Report on the working of the Ranchi Indian Mental Hospital, Kanke, in Bihar and Orissa - 1930-1940
Year: 1930
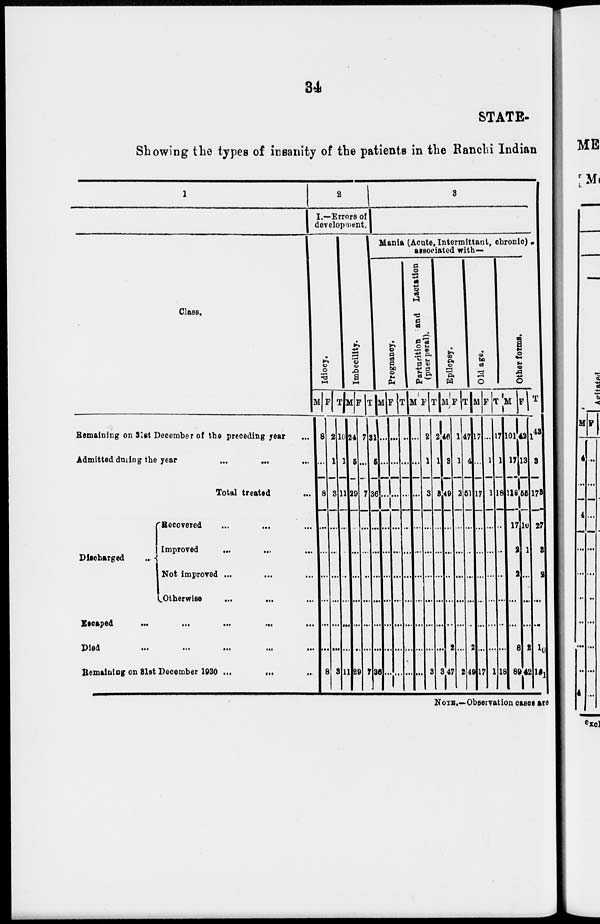
34
STATE
Showing the types of insanity of the patients in the Ranchi Indian
1
Class.
Remaining on 31st December of the preceding year ...
Admitted during the year ... ... ...
Total treated ...
Discharged ...
Recovered ... ... ...
Improved
... ... ...
Not improved ... ... ...
Otherwise ... ... ...
Escaped ... ...
...
...
...
Died
...
...
...
... ...
Remaining on 31st December 1930 ...
... ...
2
I.—Errors of
development.
Idiocy.
M
8
...
8
...
...
...
...
...
...
8
F
2
1
3
...
...
...
...
...
...
3
T
10
1
11
...
...
...
...
...
...
11
Imbecility.
M
24
5
29
...
...
...
...
...
...
29
F
7
...
7
...
...
...
...
...
...
7
T
31
5
36
...
...
...
...
...
...
36
3
Mania (Acute, Intermittant, chronic)
associated with—
Pregnancy.
M
...
...
...
...
...
...
...
...
...
...
F
...
...
...
...
...
...
...
...
...
...
T
...
...
...
...
...
...
...
...
...
...
Parturition and Lactation
(puerperal).
_
M
...
...
...
...
...
...
...
...
...
...
F
2
1
3
...
...
...
...
...
...
3
T
2
1
3
...
...
...
...
...
...
3
Epilepsy.
M
46
3
49
...
...
...
...
...
2
47
F
1
1
2
...
...
...
...
...
...
2
T
47
4
51
...
...
...
...
...
2
49
Old age.
M
17
...
17
...
...
...
...
...
...
17
F
...
1
1
...
...
...
...
...
...
1
T
17
1
18
...
...
...
...
...
...
18
Other forms.
M
101
17
118
17
2
2
...
...
8
89
F
42
13
55
10
1
...
...
...
2
4 2
T
143
30
173
27
3
2
...
...
10
131
NOTE.—Observation cases are